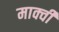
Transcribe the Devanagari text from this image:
मार्क्वी